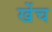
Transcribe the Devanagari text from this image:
खेंच